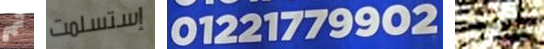
ثم إستسلمت 01221779902 سيكون